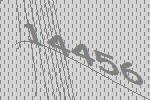
14456